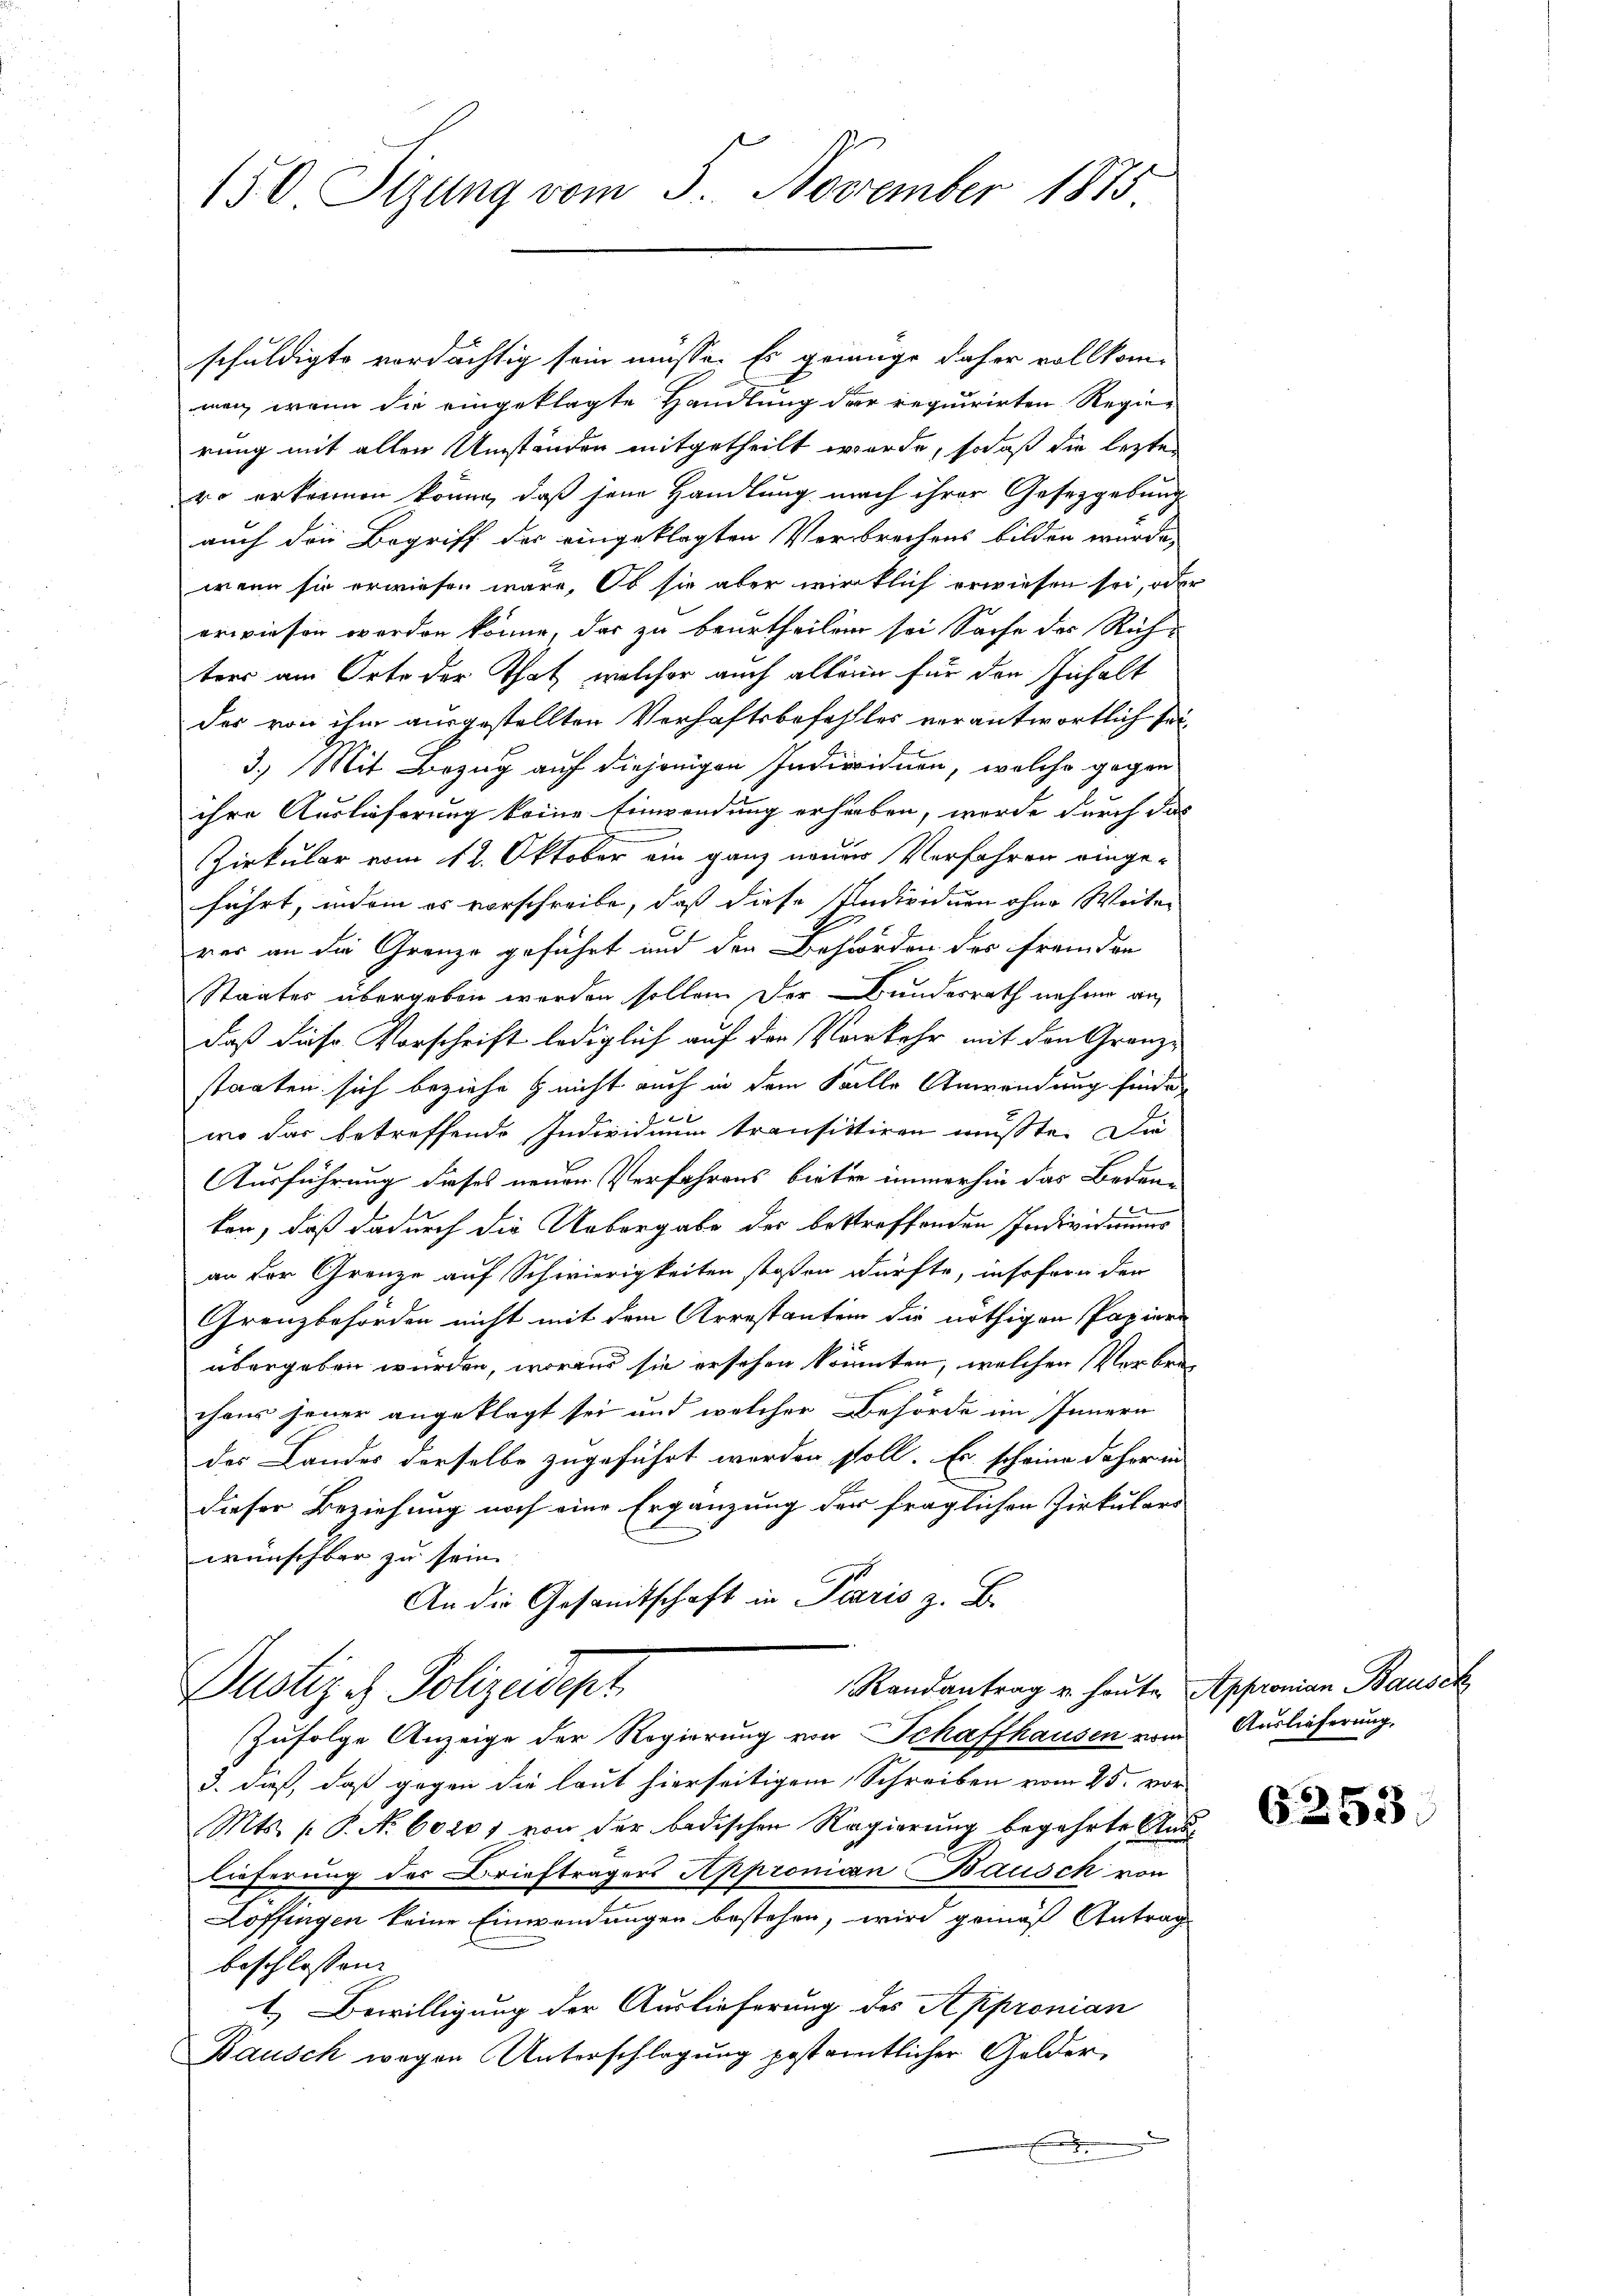
150 Sizung vom 5. November 1875

schuldigte verdächtig sein müsse. Es genüge daher vollkom-
men, wenn die eingeklagte Handlung der requirirten Regierung mit allen Umständen mitgetheilt werde, sodaß die lezte
ro erkennen könne, daß seine Handlung nach ihrer Gesetzgebung
auch die Begriff der eingeklagten Verbrechens bilden wurde,
wenn sie erwiesen wäre. Ob sie aber wirklich erwiesen sei, oder
erwiesen werden könne, das zu beurtheilen sei Sache der Rich-
ters am Orte der That, welcher auch alleine für den Inhalt
der von ihm ausgestellten Verhaftsbefehltes verantwortlich sei¬
3.) Mit Bezug auf diejenigen Individuen, welche gegen
ihre Auslieferung keine Einwendung erhaben, werde durch das
Zirkular vom 12. Oktober ein ganz neuer Verfahren einge-
führt, indem es vorschreibe, daß diese Individuen ohne Weiter
rer an die Grenze geführt und den Behörden des Fremden
Staates übergeben werden sollen. Der Bundesrath nahme an
daß diese Vorschrift lediglich auf der Verkehr mit den Granz-
staaten sich beziehe & nicht auch in dem Falle Anwendung finde
wo das betreffende Individuum transittiren musste. Die
Ausführung dieses neuen Verfahrens bieter immerhin das Beden-

ken, daß dadurch die Uebergabe der bestreffenden Individuums
an der Grenze auf Schwierigkeiten stoßen dürfte, insofern der
Grenzbehörden nicht mit dem Arrestanten die nöthigen Papiere
übergeben wurden, woraus sie ersehen könnten, welchen Verbrechens jener angeklagt sei und welcher Behörde im Innern
des Landes derselbe zugeführt werden soll. Es scheine daher in
dieser Beziehung noch eine Ergänzung der fraglichen Zirkulars
wünschbar zu sein.
An die Gesandtschaft in Paris z. B.
Randantrag u. heute Appronian Bausch
Dustiz & Polizeidigt.
Zufolge Anzeige der Regierung von Schaffhausen vom
3. daß, daß gegen die laut hierseitigem Schreiben vom 25. vor-
Mts. (: P. Nr. 60201 von der badischen Regierung begehrte Auslieferung des Briefträgers Appronian Bausch von
Löffingen keine Einwendungen bestehen, wird gemäß Antrag
beschlossen:
I. Bewilligung der Auslieferung des Appronian
Bausch wegen Unterschlagung gestamtlicher Golder,

Auslieferung,

6253.